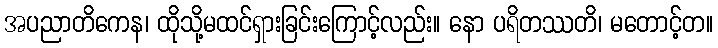
အပညာတိကေန၊ ထိုသို့မထင်ရှားခြင်းကြောင့်လည်း။ နော ပရိတဿတိ၊ မတောင့်တ။